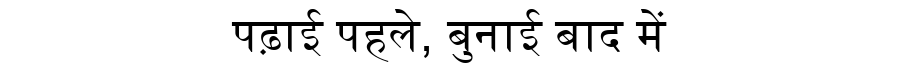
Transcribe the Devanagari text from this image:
पढ़ाई पहले, बुनाई बाद में